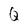
Character: Q